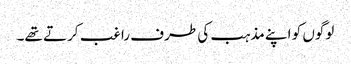
لوگوں کو اپنے مذہب کی طرف راغب کرتے تھے۔